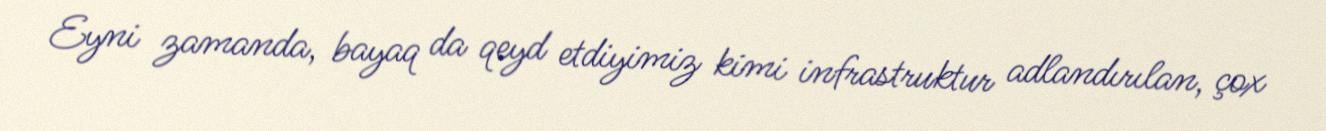
Eyni zamanda, bayaq da qeyd etdiyimiz kimi infrastruktur adlandırılan, çox